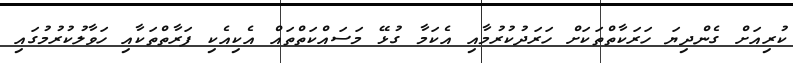
ކުރިއަށް ގެންދިޔަ ހަރަކާތްތަކަށް ހަރަދުކުރުމާއި އެކަމާ ގުޅޭ މަސައްކަތްތައް އެކިއެކި ފަރާތްތަކާއި ހަވާލުކުރުމުގައި